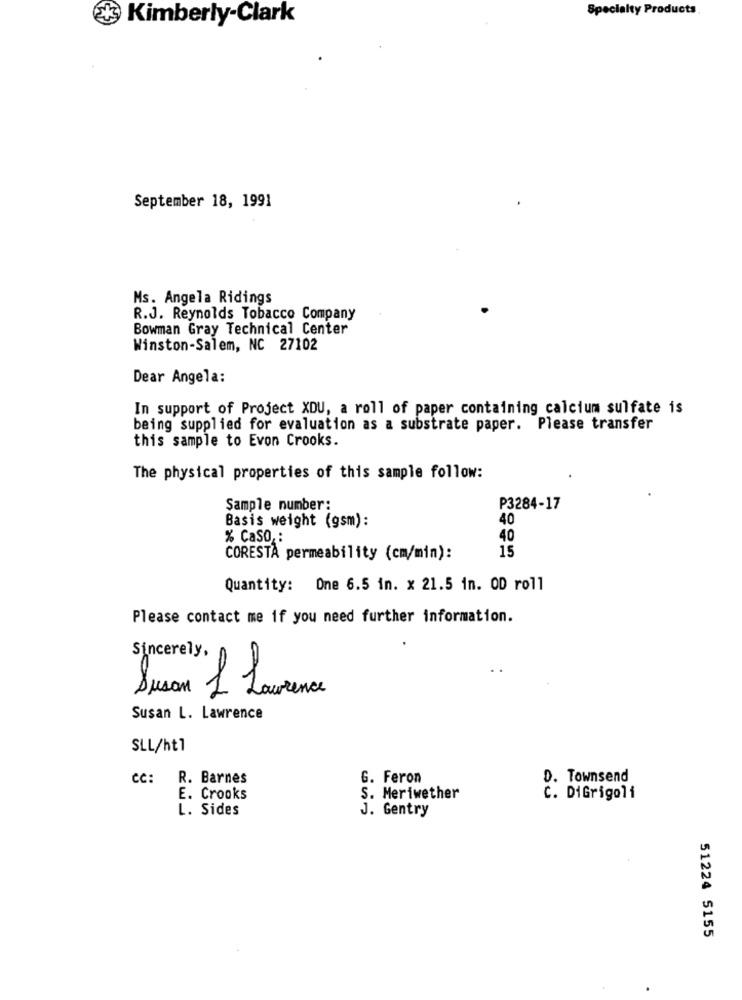
Specialty Products
Kimberly-Clark
September 18, 1991
Ms. Angela Ridings
R.J. Reynolds Tobacco Company
Bowman Gray Technical Center
Winston-Salem, NC 27102
Dear Angela:
In support of Project XDU, a roll of paper containing calcium sulfate is
being supplied for evaluation as a substrate paper. Please transfer
this sample to Evon Crooks.
The physical properties of this sample follow:
Sample number:
P3284-17
40
Basis weight (gsm):
% CaSO, :
40
15
CORESTA permeability (cm/min):
Quantity: One 6.5 in. x 21.5 in. OD roll
Please contact me if you need further information.
Sincerely,
Susan L Laurence
Susan L. Lawrence
SLL/ht1
CC: R. Barnes
G. Feron
D. Townsend
E. Crooks
S. Meriwether
C. DiGrigoli
L. Sides
J. Gentry
51224 5155